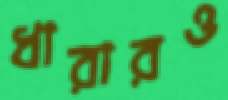
ধারারও